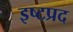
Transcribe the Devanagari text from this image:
इष्टप्रद